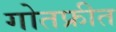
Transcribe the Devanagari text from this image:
गोतफ्रीत